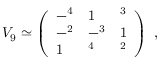
V _ { 9 } \simeq \left( \begin{array} { l l l } { { - \l ^ { 4 } } } & { { 1 } } & { { \l ^ { 3 } } } \\ { { - \l ^ { 2 } } } & { { - \l ^ { 3 } } } & { { 1 } } \\ { { 1 } } & { { \l ^ { 4 } } } & { { \l ^ { 2 } } } \end{array} \right) \ ,